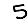
Digit: 5